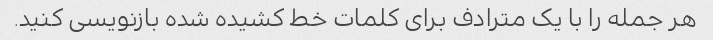
هر جمله را با یک مترادف برای کلمات خط کشیده شده بازنویسی کنید.